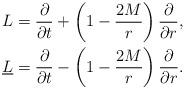
LaTeX: \begin{align*}L&=\frac{\partial }{\partial t}+\left(1-\frac{2M}{r}\right)\frac{\partial}{\partial r},\\\underline{L}&=\frac{\partial }{\partial t}-\left(1-\frac{2M}{r}\right)\frac{\partial}{\partial r}.\end{align*}